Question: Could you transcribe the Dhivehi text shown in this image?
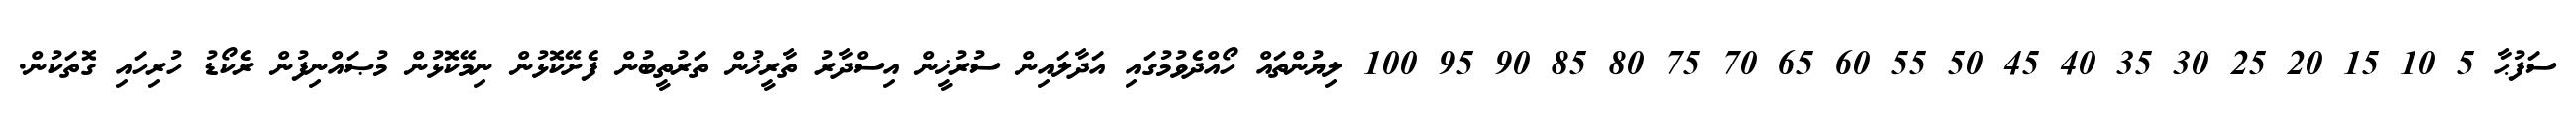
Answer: ސަފުޙާ 5 10 15 20 25 30 35 40 45 50 55 60 65 70 75 80 85 90 95 100 ލިޔުންތައް ހޯއްދެވުމުގައި އަދާލައިން ސުރުޚީން އިސްދާރު ތާރީޚުން ތަރުތީބުން ފެށޭކޮޅުން ނިމޭކޮޅުން މުޞައްނިފުން ރެކޯޑު ހުރިހައި ގޮތަކުން.